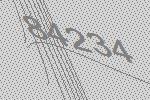
84234